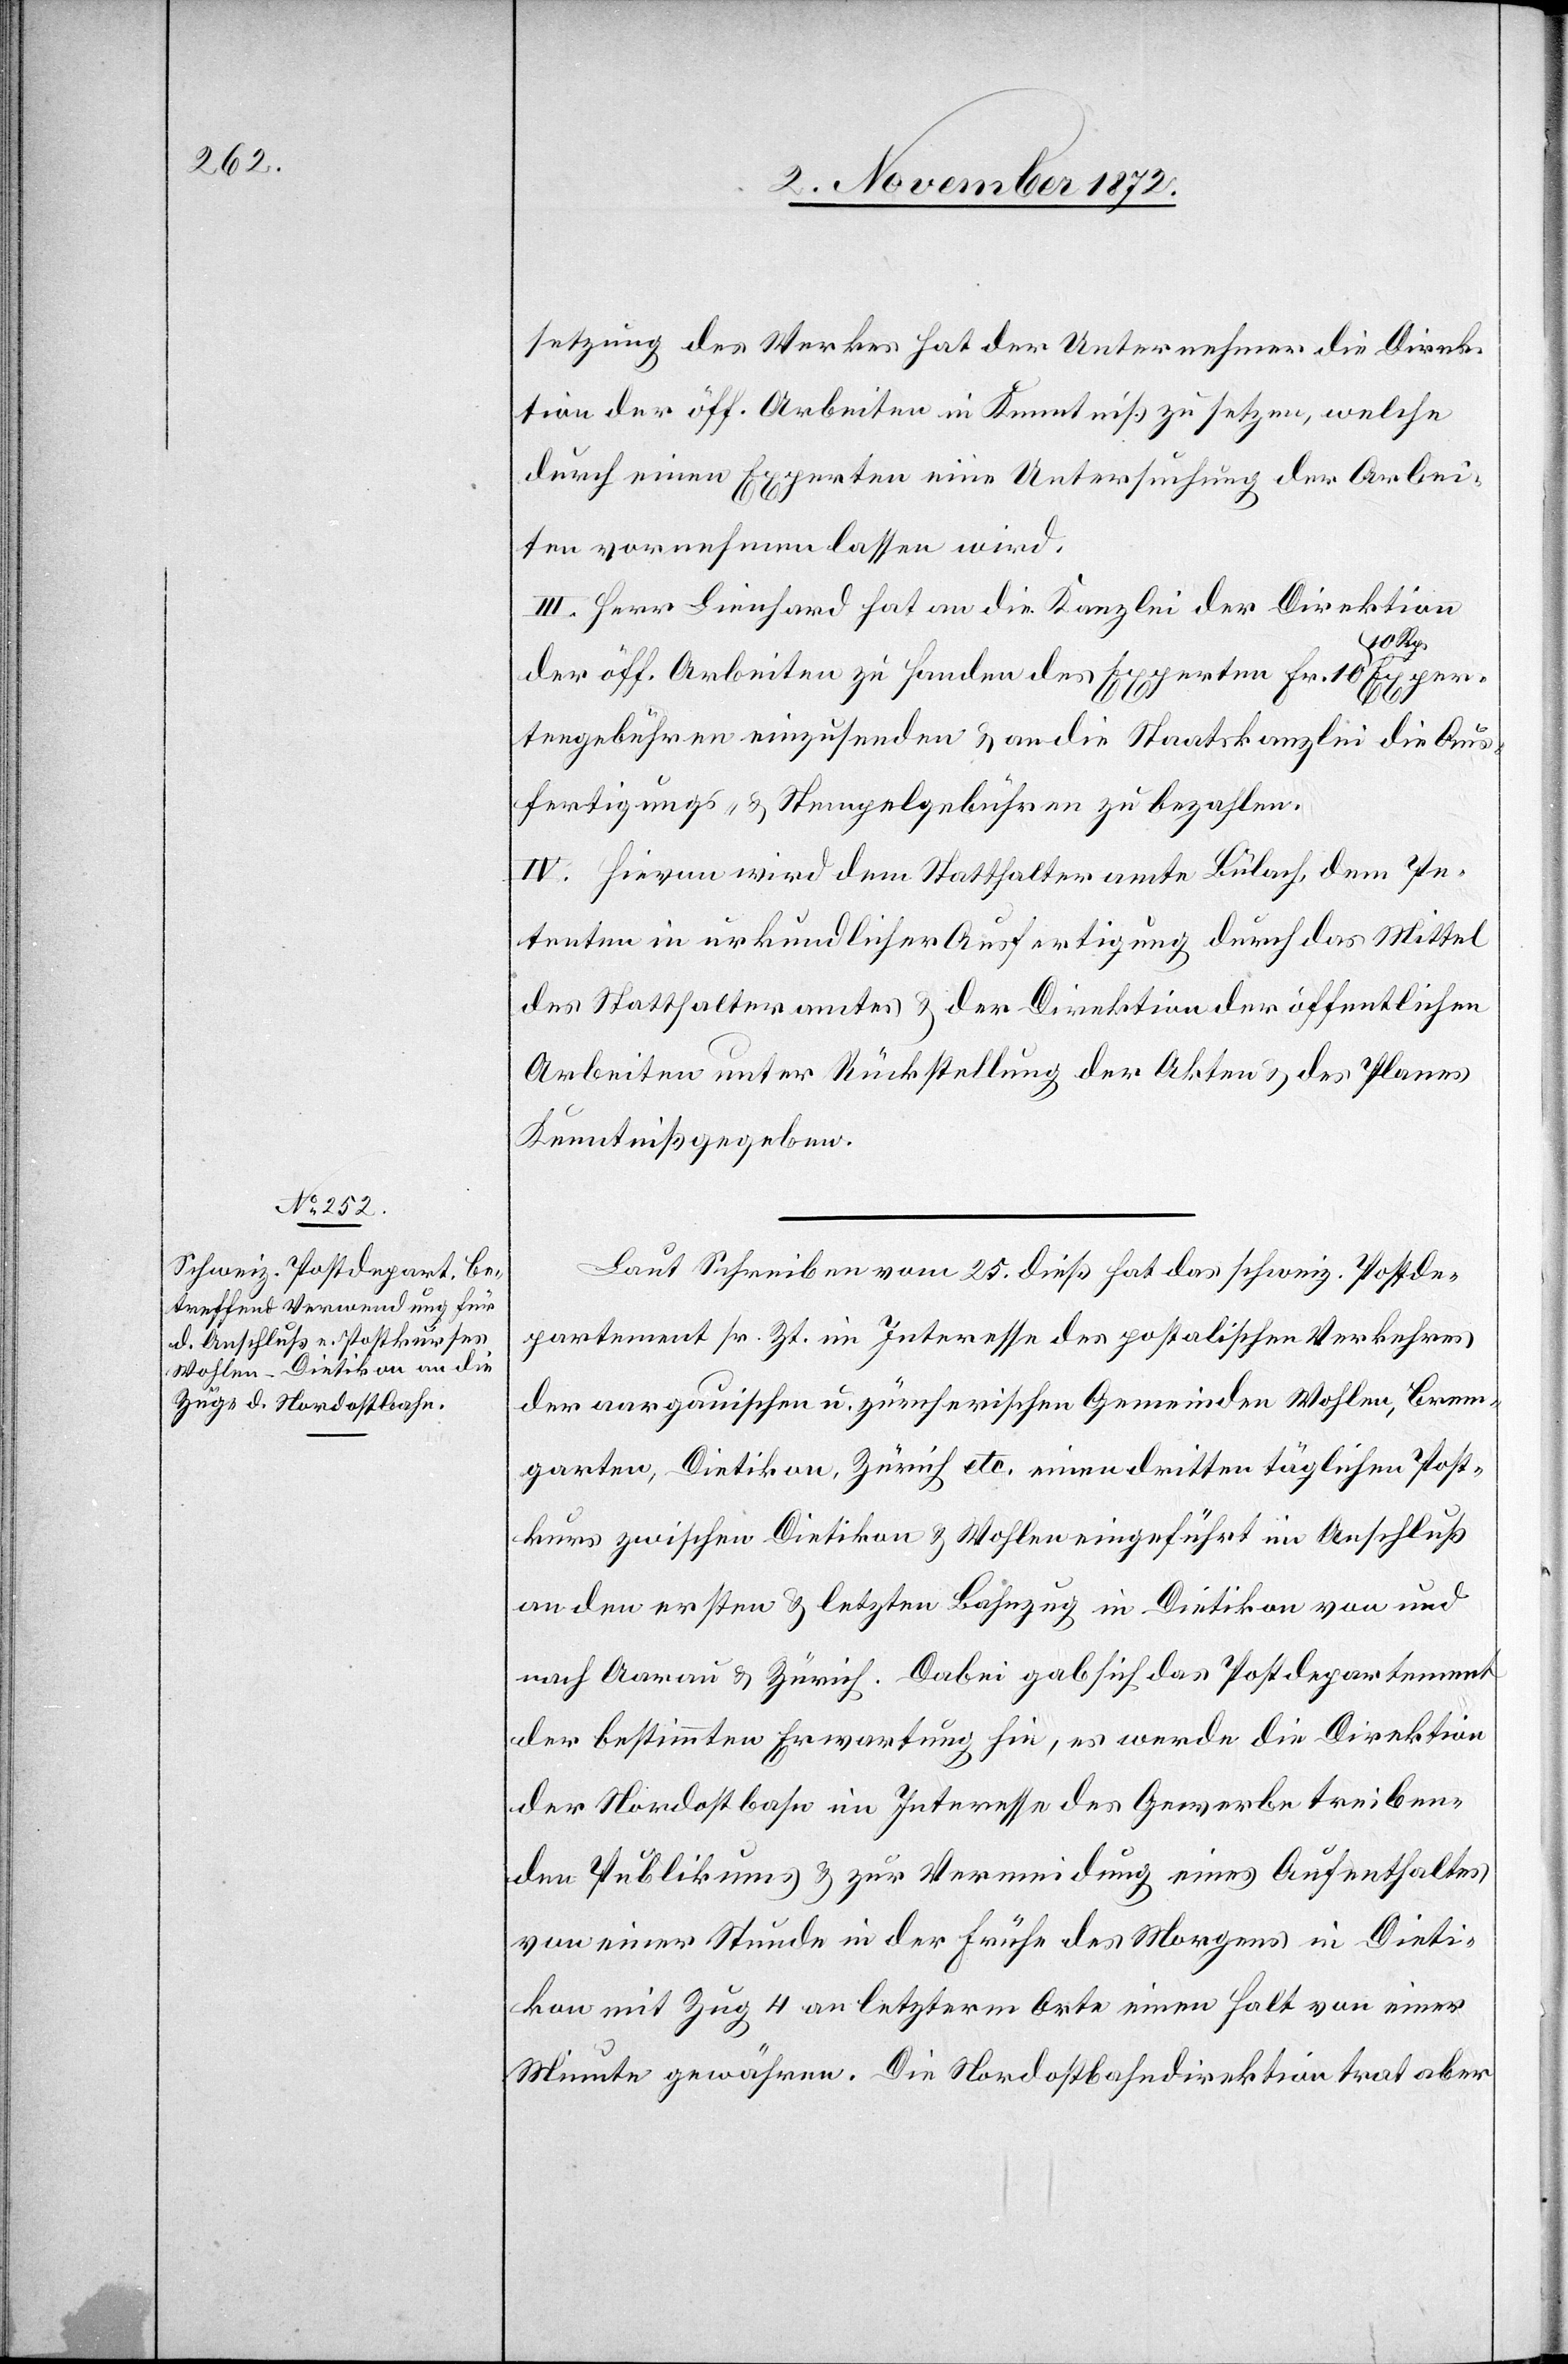
setzung des Werkes hat der Unternehmer die Direk¬
tion der öff. Arbeiten in Kenntniß zu setzen, welche
durch einen Experten eine Untersuchung der Arbei¬
ten vornehmen lassen wird.
III. Herr Lienhard hat an die Kanzlei der Direktion
der öff. Arbeiten zu Handen des Experten Fr. 10 10 Rp. Exper¬
tengebühren einzusenden u. an die Staatskanzlei die Aus¬
fertigungs- u. Stempelgebühren zu bezahlen.
IV. Hievon wird dem Statthalteramte Bülach, dem Pe¬
tenten in urkundlicher Ausfertigung durch das Mittel
des Statthalteramtes u. der Direktion der öffentlichen
Arbeiten unter Rückstellung der Akten u. des Planes
Kenntniß gegeben.
Laut Schreiben vom 25. dieß hat das schweiz. Postde¬
partement sr. Zt. im Interesse des postalischen Verkehres
der aargauischen u. zürcherischen Gemeinden Wohlen, Brem¬
garten, Dieitkon, Zürich etc. einen dritten täglichen Post¬
kurs zwischen Dietikon u. Wohlen eingeführt im Anschluß
an den ersten u. letzten Bahnzug in Dietikon von und
nach Aarau u. Zürich. Dabei gab sich das Postdepartement
der bestimmten Erwartung hin, es werde die Direktion
der Nordostbahn im Interesse des Gewerbetreiben¬
den Publikums u. zur Vermeidung eines Aufenthaltes
von einer Stunde in der Frühe des Morgens in Dieti¬
kon mit Zug 4 an letzterm Orte einen Halt von einer
Minute gewähren. Die Nordostbahndirektion trat aber